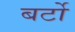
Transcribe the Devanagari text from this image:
बर्टो